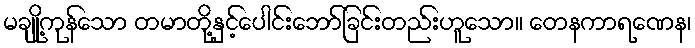
မချို့ကုန်သော တမာတို့နှင့်ပေါင်းဘော်ခြင်းတည်းဟူသော။ တေနကာရဏေန၊